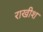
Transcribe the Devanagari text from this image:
राखीश